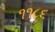
૧૧૮૬